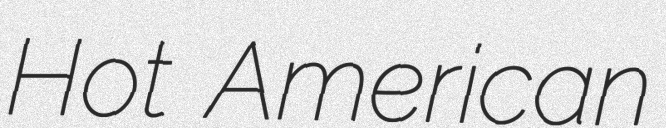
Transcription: Hot American